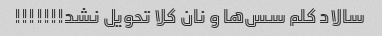
سالاد کلم سس‌ها و نان کلا تحویل نشد!!!!!!!